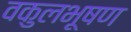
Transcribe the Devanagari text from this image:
वकुलभूषण